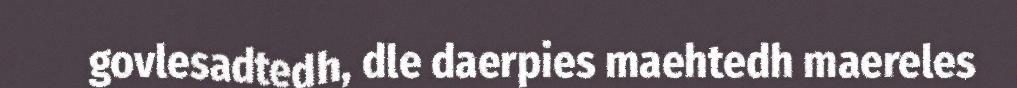
govlesadtedh, dle daerpies maehtedh maereles